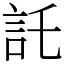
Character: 託